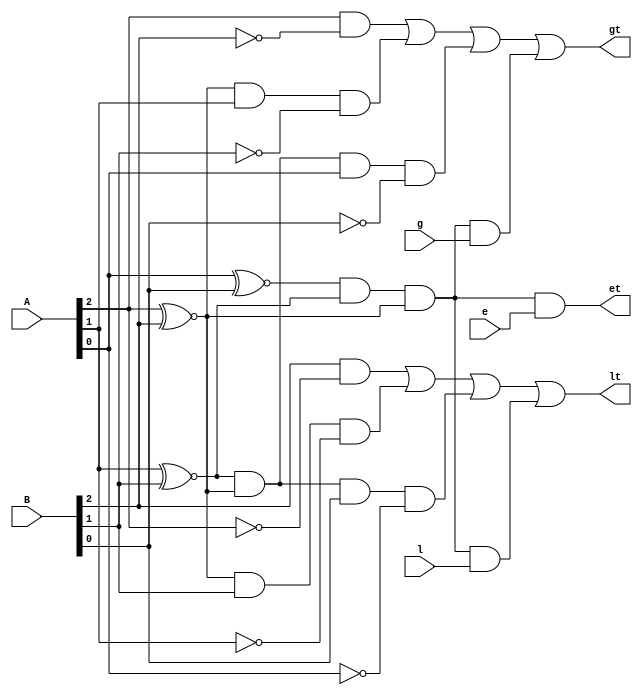
/*--  *******************************************************
--  Computer Architecture Course, Laboratory Sources 
--  Amirkabir University of Technology (Tehran Polytechnic)
--  Department of Computer Engineering (CE-AUT)
--  https://ce[dot]aut[dot]ac[dot]ir
--  *******************************************************
--  All Rights reserved (C) 2020-2021
--  *******************************************************
--  Student ID  : 9833016              9839039
--  Student Name: Amirhossein Poolad & Samin Mahdipour
--  Student Mail: 
--  *******************************************************
--  Additional Comments:
--
--*/

/*-----------------------------------------------------------
---  Module Name: 3 Bits Comparator Gate Level
---  Description: Lab 06 Part 1
-----------------------------------------------------------*/
`timescale 1 ns/1 ns

module comparator3 (
	input [2:0] A ,
	input [2:0] B ,
	input l ,
	input e ,
	input g ,
	output lt ,
	output et ,
	output gt
);
	
	/*wire nA0,nA1,nA2,nB0,nB1,nB2;
	not(nA0,A[0]);
	not(nA1,A[1]);
	not(nA2,A[2]);
	not(nB0,B[0]);
	not(nB1,B[1]);
	not(nB2,B[2]);
	
	wire p0,p1,p2;
	xnor(p0,A[0],B[0]); //Zeroth bit is equal
	xnor(p1,A[1],B[1]);
	xnor(p2,A[2],B[2]);
	
	wire l0,l1,l2,g0,g1,g2;
	and(l0,nA0,B[0]); //A's zeroth bit is smaller
	and(l1,nA1,B[2]);
	and(l2,nA2,B[2]);
	and(g0,A[0],nB0); //A's zeroth bit is greater
	and(g1,A[1],nB1);
	and(g2,A[2],nB2);
	
	and(et,p0,p1,p2,e); //the two numbers are equal*/
	
	assign et = (A[0]~^B[0])&&(A[1]~^B[1])&&(A[2]~^B[2])&&e;
	                                                           //greater if:
	assign gt = (A[2]&&(~B[2]))|                               //A's 2nd bit is bigger
	            ((A[2]~^B[2])&&A[1]&&(~B[1]))|                 //2nd bit equal bit 1st big bigger
	            ((A[1]~^B[1])&&(A[2]~^B[2])&&A[0]&&(~B[0]))|   //2nd and 1st bit equal but zeroth bit bigger
	            ((A[0]~^B[0])&&(A[1]~^B[1])&&(A[2]~^B[2])&&g); //all equal but g is set to 1
					
	assign lt = (B[2]&&(~A[2]))|                               //same as above but A and B are switched
	            ((B[2]~^A[2])&&B[1]&&(~A[1]))|
	            ((B[1]~^A[1])&&(B[2]~^A[2])&&B[0]&&(~A[0]))|
	            ((B[0]~^A[0])&&(B[1]~^A[1])&&(B[2]~^A[2])&&l);
endmodule